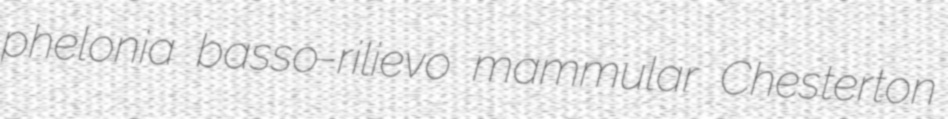
phelonia basso-rilievo mammular Chesterton